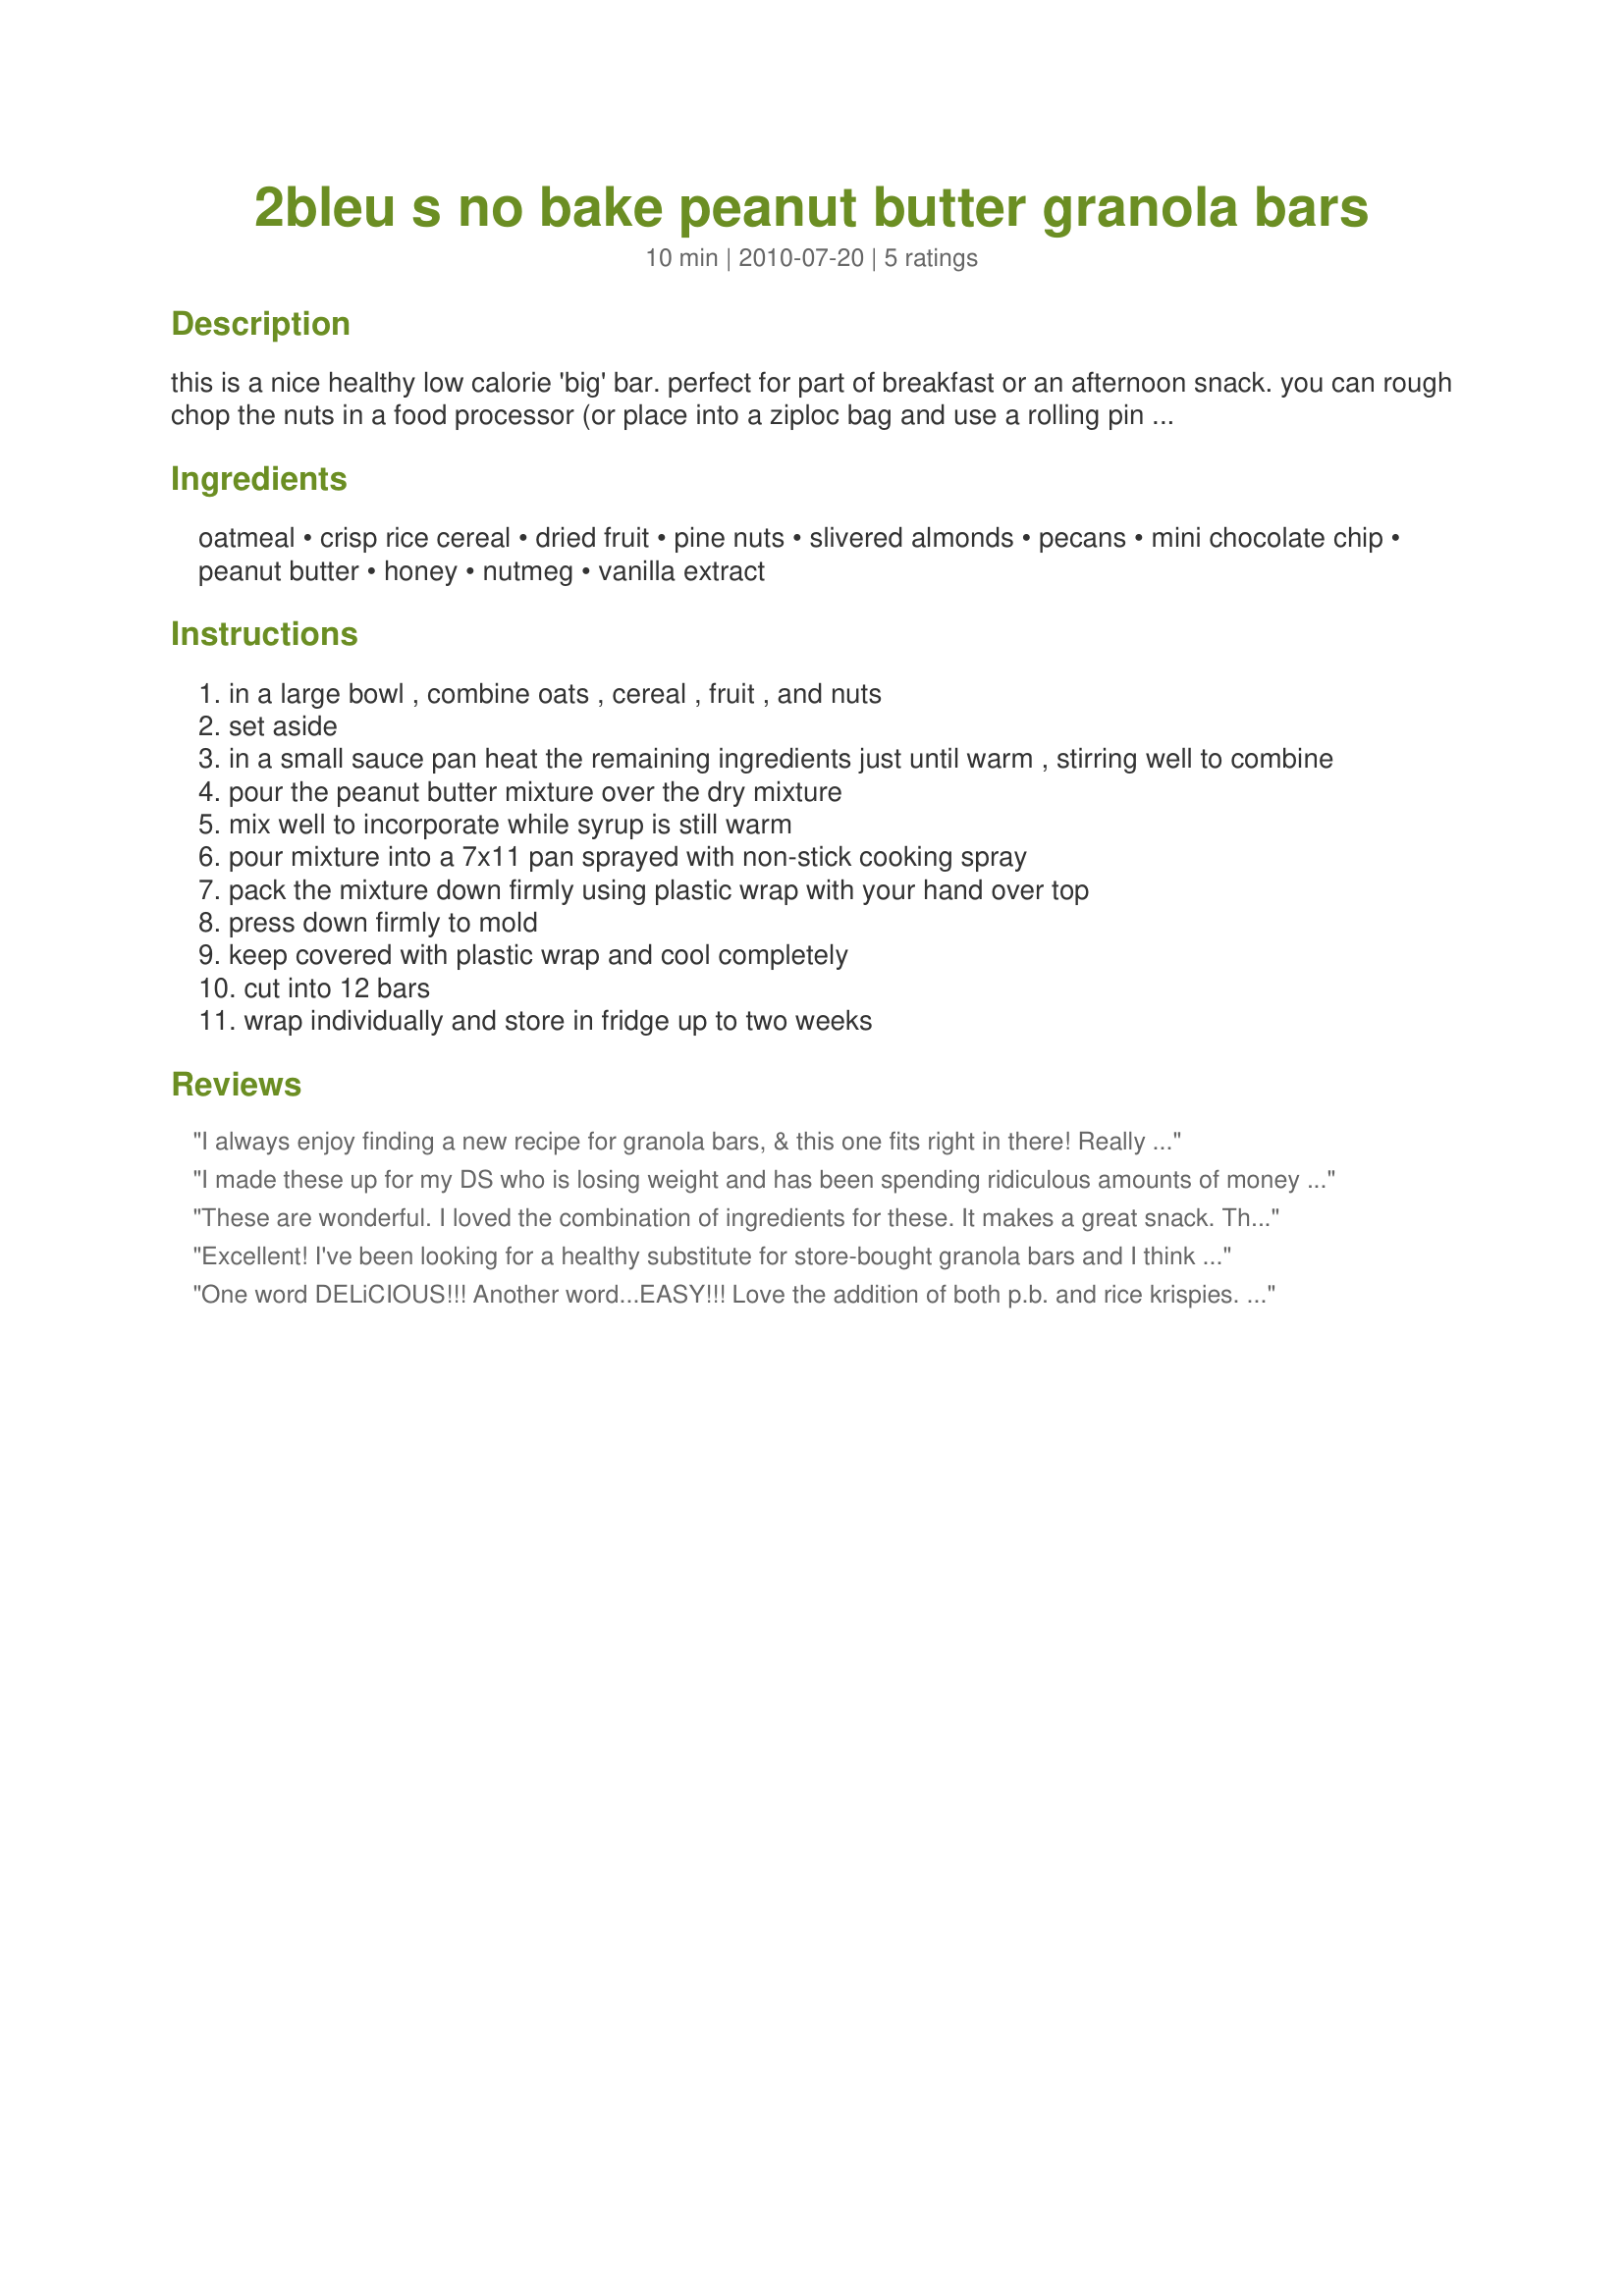
2bleu s no bake peanut butter granola bars
Preparation time: 10 minutes

this is a nice healthy low calorie 'big' bar. perfect for part of breakfast or an afternoon snack. you can rough chop the nuts in a food processor (or place into a ziploc bag and use a rolling pin to crush) to make things go faster.

Ingredients:
oatmeal, crisp rice cereal, dried fruit, pine nuts, slivered almonds, pecans, mini chocolate chip, peanut butter, honey, nutmeg, vanilla extract

Steps:
in a large bowl , combine oats , cereal , fruit , and nuts
set aside
in a small sauce pan heat the remaining ingredients just until warm , stirring well to combine
pour the peanut butter mixture over the dry mixture
mix well to incorporate while syrup is still warm
pour mixture into a 7x11 pan sprayed with non-stick cooking spray
pack the mixture down firmly using plastic wrap with your hand over top
press down firmly to mold
keep covered with plastic wrap and cool completely
cut into 12 bars
wrap individually and store in fridge up to two weeks

Reviews:
I always enjoy finding a new recipe for granola bars, & this one fits right in there! Really like the combo of PB & chocolate, along with the dried fruit, & they came together so easily! Definitely a recipe to keep around! Thanks for sharing it! [Made & reviewed in the current ADOPT A TAG event]
I made these up for my DS who is losing weight and has been spending ridiculous amounts of money on granola bars. For the dried fruit I used raisins, crasins,and dates, and then added in sunflower seeds and flaxseed. These are totally delicious, and we both love them! I love something I can grab on the go, and this is just perfect! I will be making these often along with a few other recipes. Thanks so much for sharing with us Lynnda! Linda
These are wonderful. I loved the combination of ingredients for these. It makes a great snack. Thanks for sharing.
Excellent! I've been looking for a healthy substitute for store-bought granola bars and I think I've found it. Added flax seed too. Thanks for sharing!
One word DELiCIOUS!!! Another word...EASY!!! Love the addition of both p.b. and rice krispies. I've made many many granola bars through the years. A first for me using the addition of these two ingredients. I used a dried fruit mix of pineapple, kiwi, mango, dates, craisins, and raisins. I also added in 1/4 cup ground flax. Perfect for the summer months when you don't want to heat up your kitchen. Made for PRMR.
